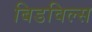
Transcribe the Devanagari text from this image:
बिडविल्स